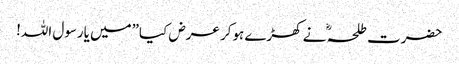
حضرت طلحہ ؓ نے کھڑے ہوکر عرض کیا”میں یارسول اللہ!